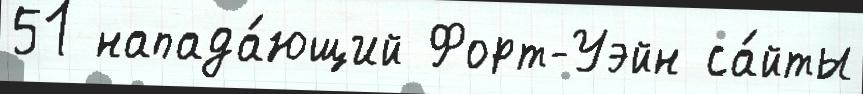
51 напада́ющий Форт-Уэйн са́йты